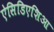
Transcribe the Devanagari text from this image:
ऐसिडिएशिआ